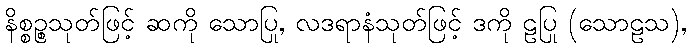
နိစ္စဉ္စသုတ်ဖြင့် ဆကို သောပြု, လဒရာနံသုတ်ဖြင့် ဒကို ဠပြု (သောဠသ),